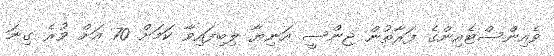
ވެއިންސްޓެއިންގެ ފަރާތުން ޖިންސީ އަނިޔާ ލިބިފައިވާ ކަމަށް 70 އަށް ވުރެ ގިނަ